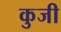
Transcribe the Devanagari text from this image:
कुजी